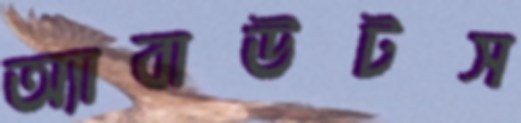
অ্যাবাউটস